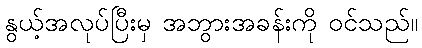
နွယ့်အလုပ်ပြီးမှ အဘွားအခန်းကို ဝင်သည်။